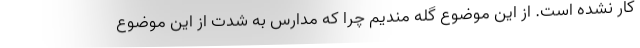
کار نشده است. از این موضوع گله مندیم چرا که مدارس به شدت از این موضوع